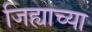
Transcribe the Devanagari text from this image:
जिह्याच्‍या